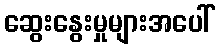
ဆွေးနွေးမှုများအပေါ်